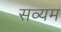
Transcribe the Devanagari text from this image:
सव्यम